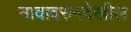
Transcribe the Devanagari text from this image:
नावावरुनदेखील